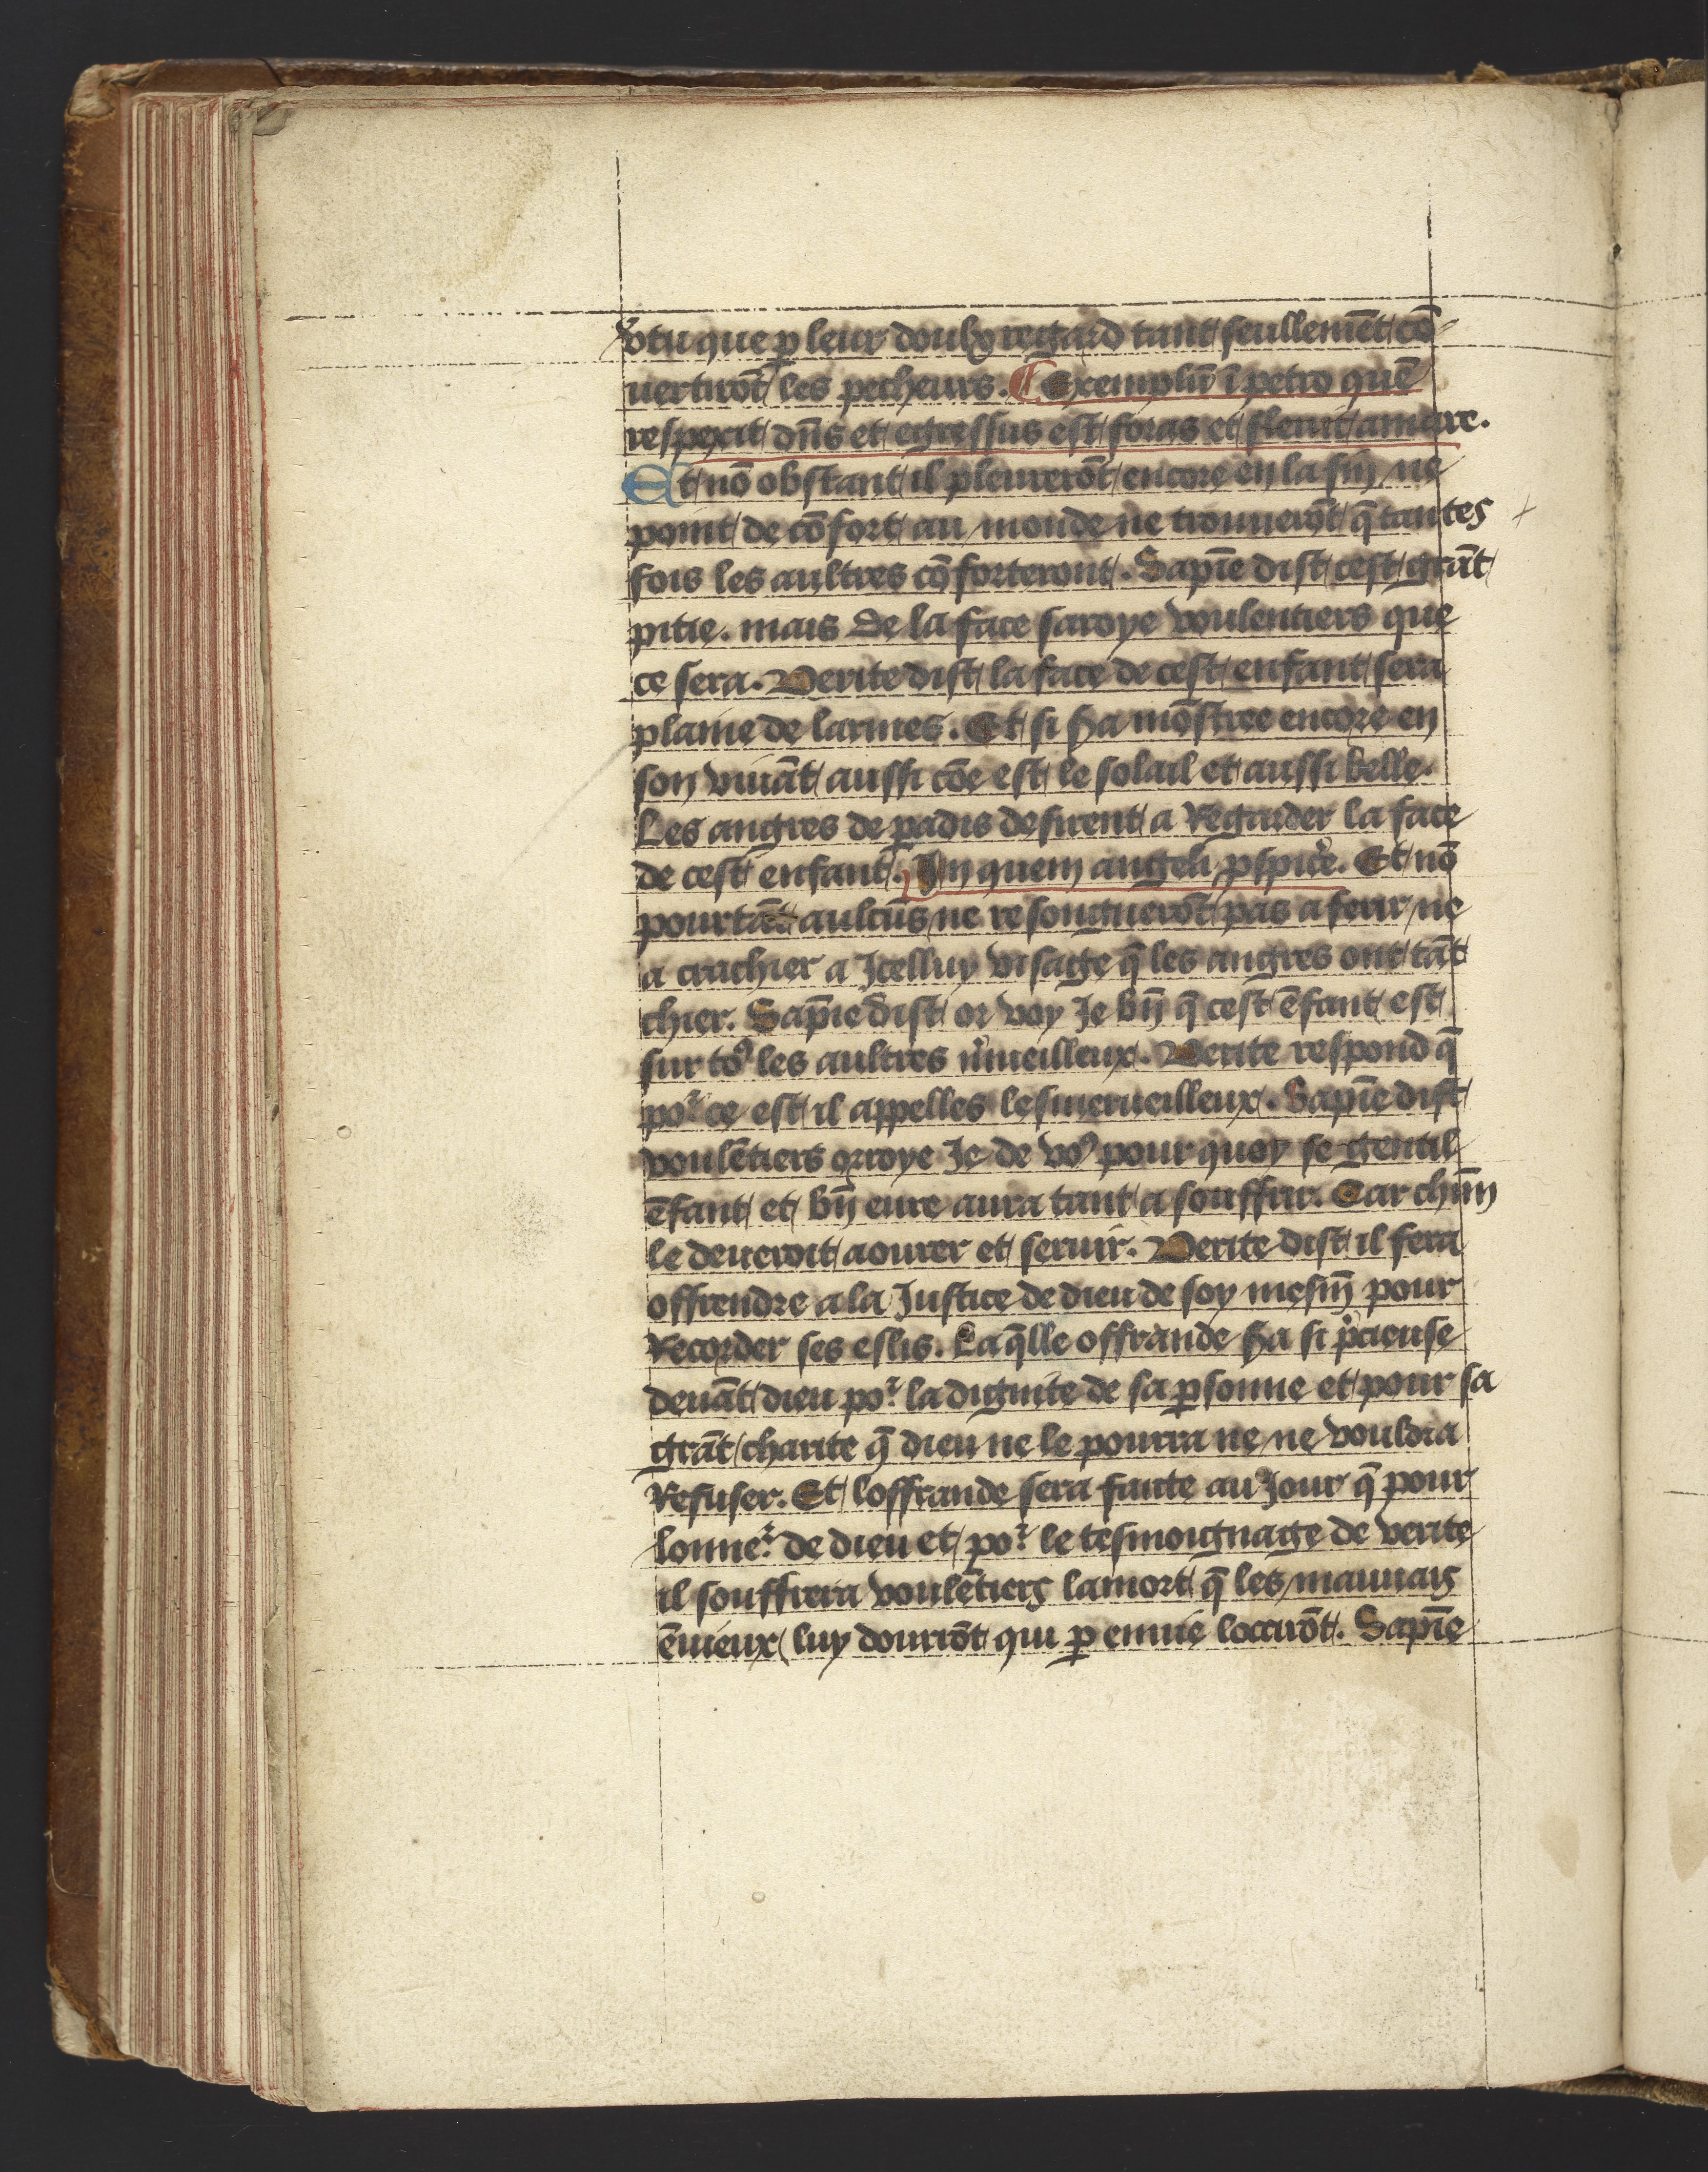
Shelfmark: Philadelphia, University of Pennsylvania, Ms. Codex 660
Century: 14